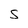
Character: S